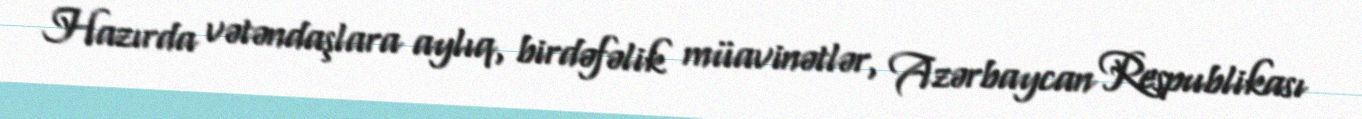
Hazırda vətəndaşlara aylıq, birdəfəlik müavinətlər, Azərbaycan Respublikası